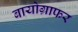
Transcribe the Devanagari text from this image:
बायोग्राफर